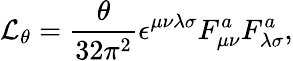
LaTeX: {\cal L}_{\theta}=\frac{\theta}{32{\pi}^{2}}\epsilon^{\mu\nu\lambda\sigma}F_{\mu\nu}^{a}F_{\lambda\sigma}^{a},